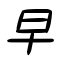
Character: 早